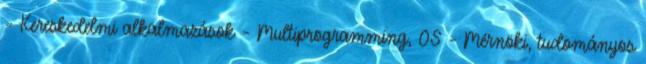
– Kereskedelmi alkalmazások – Multiprogramming, OS – Mérnöki, tudományos